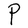
Character: P